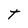
Character: t